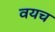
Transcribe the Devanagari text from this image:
वयच